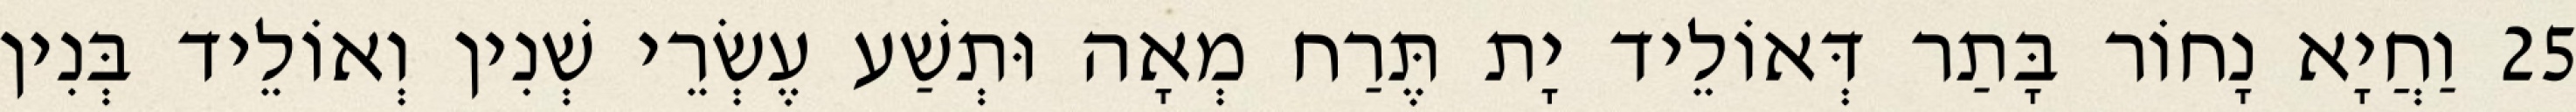
25 וַחֲיָא נָחוֹר בָּתַר דְּאוֹלֵיד יָת תֶּרַח מְאָה וּתְשַׁע עֶשְׂרֵי שְׁנִין וְאוֹלֵיד בְּנִין